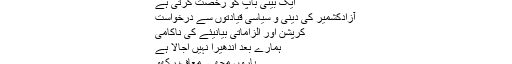
نبی رحمت،مبلغِ اعظم ﷺ
کالا پانی کی آزادی
ایک بیٹی باپ کو رخصت کرتی ہے
آزادکشمیر کی دینی و سیاسی قیادتوں سے درخواست
کرپشن اور الزاماتی بیانیئے کی ناکامی
ہمارے بعد اندھیرا نہیں اجالا ہے
یاروں مجھے معاف رکھو
بدترین قحط الرجال
ایک ملک میں دوسرے ملک کا سزا یافتہ آزاد قیدی!